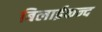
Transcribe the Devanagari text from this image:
बिलाईकन्द